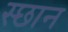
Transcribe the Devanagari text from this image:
स्छान